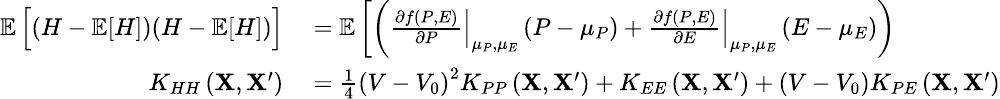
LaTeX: \small\begin{array}{rl}{\mathop{{}\mathbb{E}}\Big[(H-\mathop{{}\mathbb{E}}[H])(H-\mathop{{}\mathbb{E}}[H])\Big]}&{{}=\mathop{{}\mathbb{E}}\bigg[\bigg(\left.\frac{\partial f\left(P,E\right)}{\partial P}\right|_{\mu_{P},\mu_{E}}\left(P-\mu_{P}\right)+\left.\frac{\partial f\left(P,E\right)}{\partial E}\right|_{\mu_{P},\mu_{E}}\left(E-\mu_{E}\right)\bigg)}\\ {K_{HH}\left(\mathbf{X},\mathbf{X}^{\prime}\right)}&{{}=\frac{1}{4}\left(V-V_{0}\right)^{2}K_{PP}\left(\mathbf{X},\mathbf{X}^{\prime}\right)+K_{EE}\left(\mathbf{X},\mathbf{X}^{\prime}\right)+(V-V_{0})K_{PE}\left(\mathbf{X},\mathbf{X}^{\prime}\right)}\end{array}